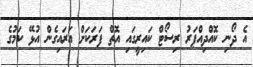
އެ ދޯނި ކޮއްދިއްޕަރު ރިސޯޓް ކައިރީގައި އޮތް ފަރަކަށް އަރައިގެން އުޅޭ ކަމުގެ